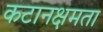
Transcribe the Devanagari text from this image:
कटानक्षमता